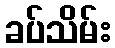
ခပ်သိမ်း